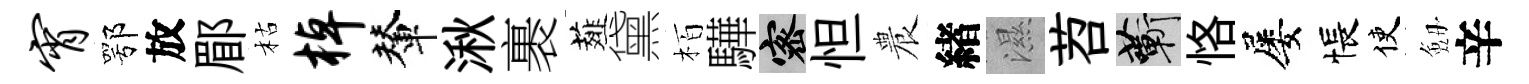
宵鄂放郿枯棹輦湫裹薤黛栢驊密怛農緖濕苕蔪恪屡悵使劔辛